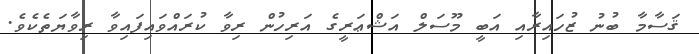
ޤަސާމާ ބުނު ޒުހައިރާއި އަބީ މޫސަލް އަޝްޢަރީގެ އަރިހުން ރިވާ ކުރައްވައިފައިވާ ރިވާޔަތެކެވެ.